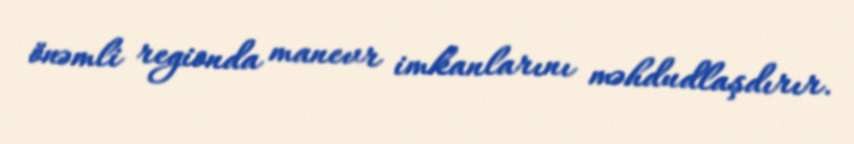
önəmli regionda manevr imkanlarını məhdudlaşdırır.